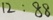
1 2 : 8 8